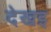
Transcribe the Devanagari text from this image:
देखइ